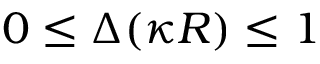
0 \leq \Delta ( \kappa R ) \leq 1